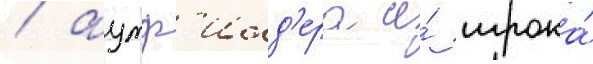
/ аутф'илд'ера и́ игрока́